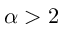
\alpha > 2